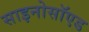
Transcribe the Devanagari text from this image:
साइनोसॉएड